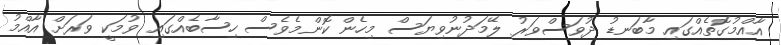
އާއްމުގޮތެއްގައި މާބަނޑު ދުވަސްވަރު ލޭމަދުނުވިޔަސް މިހެން ކޮންމެވެސް ހިސާބެއްގައި ވުމަކީ ވަރަށް އާއްމު